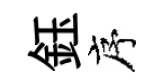
鈺序